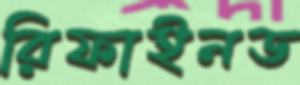
রিফাইনড